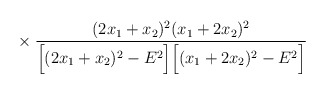
\begin{align*}\makebox[2.8cm]{} \times \frac{ (2x_1+x_2)^2 (x_1+2x_2)^2} { \Big[(2 x_1 +x_2)^2-E^2 \Big] \Big[ (x_1+2x_2)^2-E^2 \Big]}\end{align*}